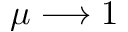
\mu \longrightarrow 1